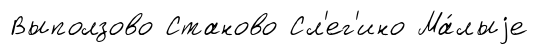
Выползово Станово Сл'ег'ино Ма́лыjе